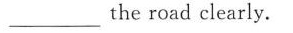
___ the road clearly.